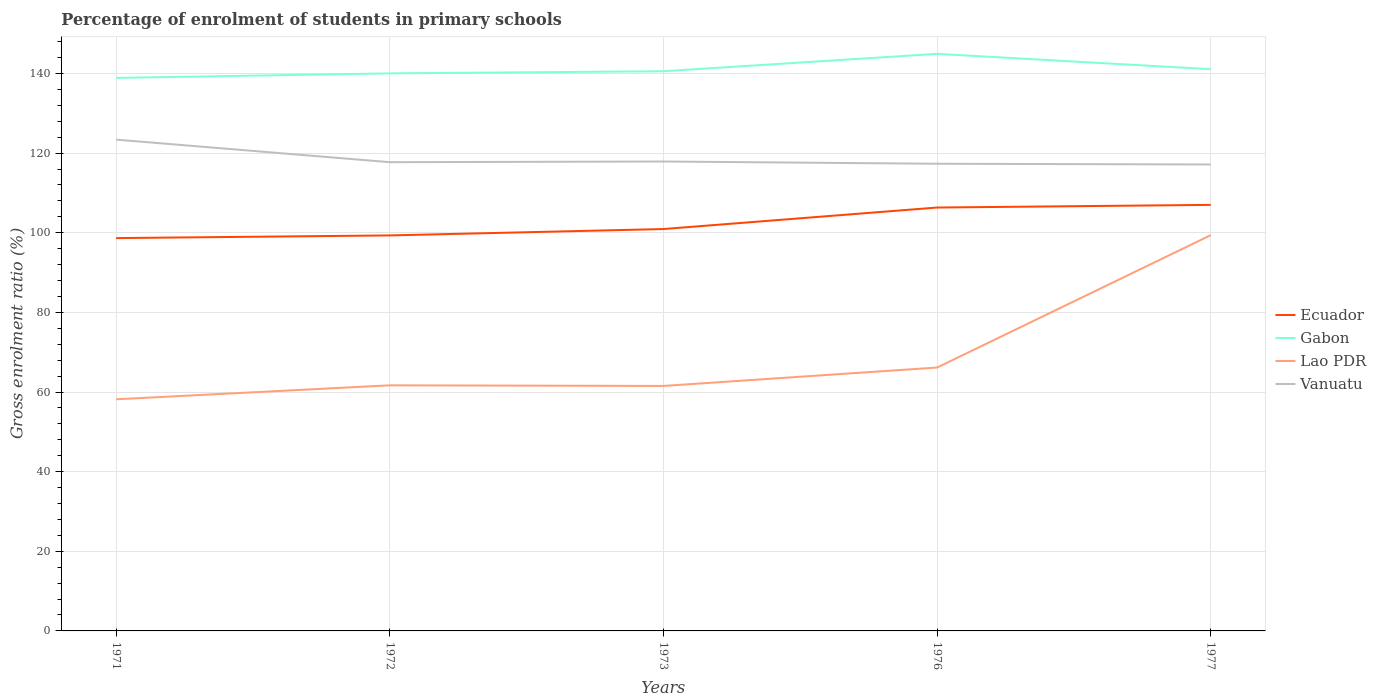
| Years | Ecuador | Gabon | Lao PDR | Vanuatu |
 | --- | --- | --- | --- | --- |
 | 1971 | 98.7 | 139 | 58.2 | 123 |
 | 1972 | 99.3 | 140 | 61.7 | 118 |
 | 1973 | 101 | 141 | 61.5 | 118 |
 | 1976 | 106 | 145 | 66.1 | 117 |
 | 1977 | 107 | 141 | 99.4 | 117 |